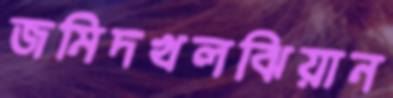
জমিদখলঝিয়ান